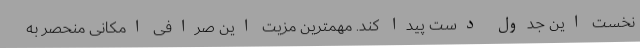
نخست این جدول دست پیدا کند. مهمترین مزیت این صرافی امکانی منحصر به